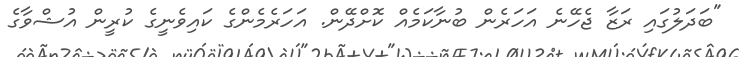
"ބަދަލުގައި ރަޒާ ޖެހޭނެ އަހަރެން ބުނާކަމެއް ކޮށްދޭން. އަހަރެމެންގެ ކައިވެނީގެ ކުރީން އުޝްވާގެ